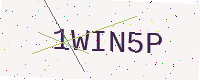
Text: 1WIN5P